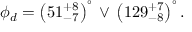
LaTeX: \phi _ { d } = \left( 5 1 _ { - 7 } ^ { + 8 } \right) ^ { \circ } \, \lor \, \left( 1 2 9 _ { - 8 } ^ { + 7 } \right) ^ { \circ } .